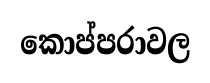
කොප්පරාවල